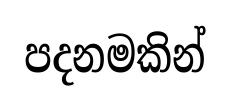
පදනමකින්